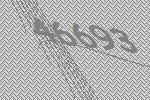
46693